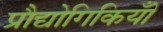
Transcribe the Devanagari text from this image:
प्रौद्योगिकियोँ